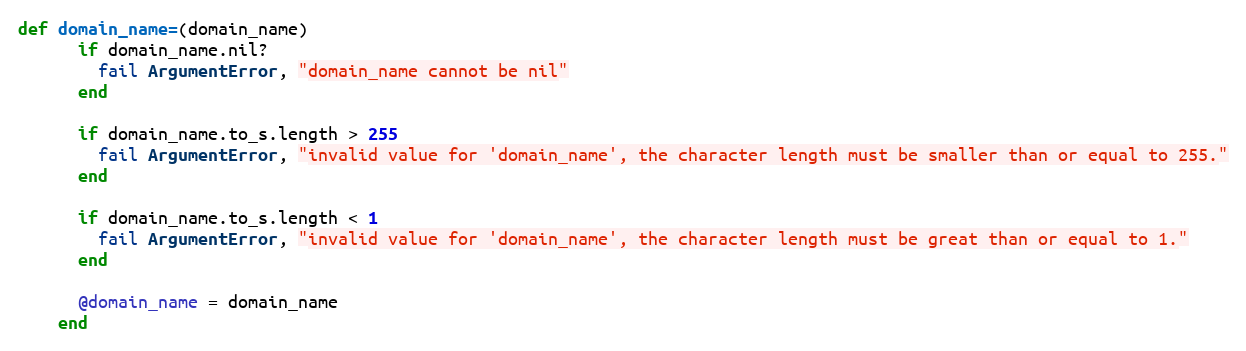
Language: Ruby
def domain_name=(domain_name)
      if domain_name.nil?
        fail ArgumentError, "domain_name cannot be nil"
      end

      if domain_name.to_s.length > 255
        fail ArgumentError, "invalid value for 'domain_name', the character length must be smaller than or equal to 255."
      end

      if domain_name.to_s.length < 1
        fail ArgumentError, "invalid value for 'domain_name', the character length must be great than or equal to 1."
      end

      @domain_name = domain_name
    end